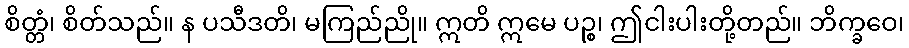
စိတ္တံ၊ စိတ်သည်။ န ပသီဒတိ၊ မကြည်ညို။ ဣတိ ဣမေ ပဉ္စ၊ ဤငါးပါးတို့တည်။ ဘိက္ခဝေ၊